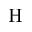
\mathrm { H }